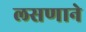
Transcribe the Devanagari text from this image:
लसणाने